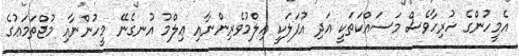
އެމީހުންގެ ހުރިހާވެސް މަސައްކަތަކީ އަދި އުފަލަކީ ޢިލްމުވެރިންނާއި ޢިލްމު އުނގެނޭ މީހުންނާއި މުޖްތަމަޢުގެ